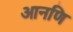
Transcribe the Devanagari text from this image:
आनणि